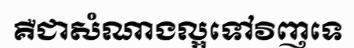
គឺជាសំណាងល្អទៅវិញទេ